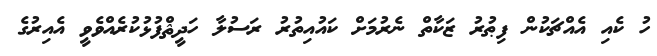
ހު ކެއި އެއްޗަކުން ފިޠުރު ޒަކާތް ނެރުމަށް ކައުއިތުރު ރަސުލާ ހަދީޘްފުޅުކުރެއްވެވީ އެއިރުގެ